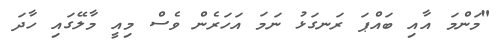
"މަންމަ އާއި ބައްޕަ ރަނގަޅު ނަމަ އަހަރެން ވެސް މިއީ މާލޭގައި ހާދަ